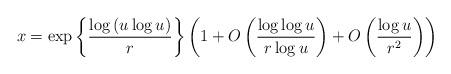
LaTeX: \begin{align*}x&=\exp\left\{\frac{\log\left(u\log u\right)}{r}\right\}\left(1+O\left(\frac{\log\log u}{r\log u}\right)+O\left(\frac{\log u}{r^2}\right)\right)\end{align*}